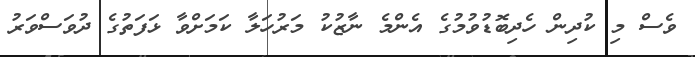
ވެސް މި ކުދިން ހެދިބޮޑުވުމުގެ އެންމެ ނާޒުކު މަރުހަލާ ކަމަށްވާ ޅަފަތުގެ ދުވަސްވަރު